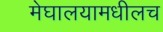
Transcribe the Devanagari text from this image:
मेघालयामधीलच